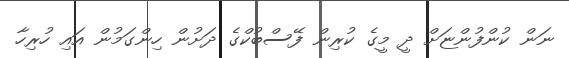
ނަން ކުންފުންޏަށް ދީ މީގެ ކުރިން ފޭސްބުކްގެ ދަށުން ހިންގަމުން އައި ހުރިހާ